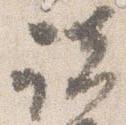
諸